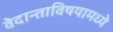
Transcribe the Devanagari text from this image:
वेदान्ताविषयामध्ये